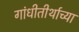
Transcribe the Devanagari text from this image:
गांधीतीर्थाच्या